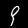
Digit: 9